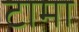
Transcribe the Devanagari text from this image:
टामा